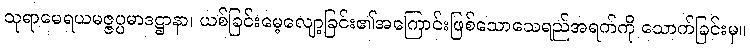
သုရာမေရယမဇ္ဇပ္ပမာဒဋ္ဌာနာ၊ ယစ်ခြင်းမေ့လျော့ခြင်း၏အကြောင်းဖြစ်သောသေရည်အရက်ကို သောက်ခြင်းမှ။